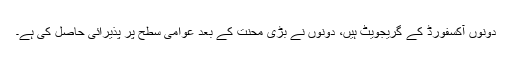
دونوں آکسفورڈ کے گریجویٹ ہیں، دونوں نے بڑی محنت کے بعد عوامی سطح پر پذیرائی حاصل کی ہے۔